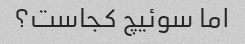
اما سوئیچ کجاست؟